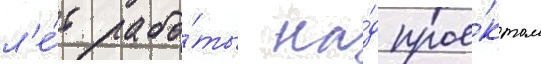
л'е́т рабо́ты на́д прое́ктом